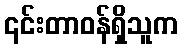
၎င်းတာဝန်ရှိသူက